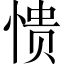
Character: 愦